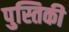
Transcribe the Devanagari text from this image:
पुस्तिकी